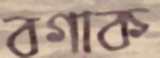
বগাক